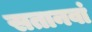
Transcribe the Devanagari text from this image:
सतानवां